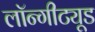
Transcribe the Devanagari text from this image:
लॉन्गीट्यूड